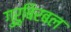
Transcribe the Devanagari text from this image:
गुरुबिरबल